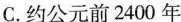
C.约公元前2400年